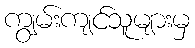
ကျွမ်းကျင်သူများမှ